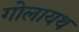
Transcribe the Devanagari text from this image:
गोलायथ